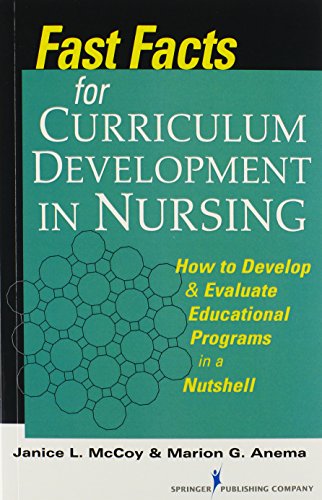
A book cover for Fast Facts for Curriculum Development in Nursing: How to Develop & Evaluate Educational Programs in a Nutshell; Jan L. McCoy PhD  RN; Medical Books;